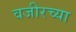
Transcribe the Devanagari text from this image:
वजीरच्या